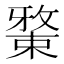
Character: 𱤉